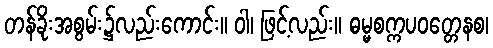
တန်ခိုးအစွမ်း၌လည်းကောင်း။ ဝါ၊ ဖြင့်လည်း။ ဓမ္မစက္ကပဝတ္တေနစ၊